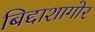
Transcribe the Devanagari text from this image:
बिद्दाशागोर